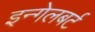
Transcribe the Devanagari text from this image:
इन्गेलबर्ट